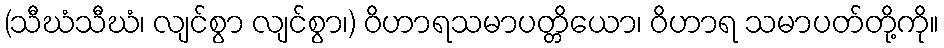
(သီဃံသီဃံ၊ လျင်စွာ လျင်စွာ၊) ဝိဟာရသမာပတ္တိယော၊ ဝိဟာရ သမာပတ်တို့ကို။